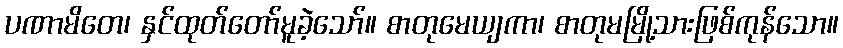
ပဏာမိတေ၊ နှင်ထုတ်တော်မူခဲ့သော်။ စာတုမေယျကာ၊ စာတုမမြို့သားဖြစ်ကုန်သော။